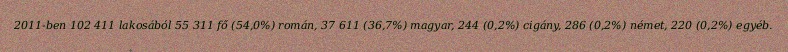
2011-ben 102 411 lakosából 55 311 fő (54,0%) román, 37 611 (36,7%) magyar, 244 (0,2%) cigány, 286 (0,2%) német, 220 (0,2%) egyéb.